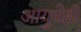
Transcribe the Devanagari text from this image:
आयुधेही